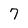
Character: 7